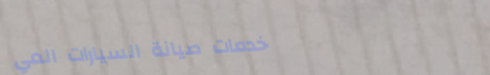
خدمات صيانة السيارات المي